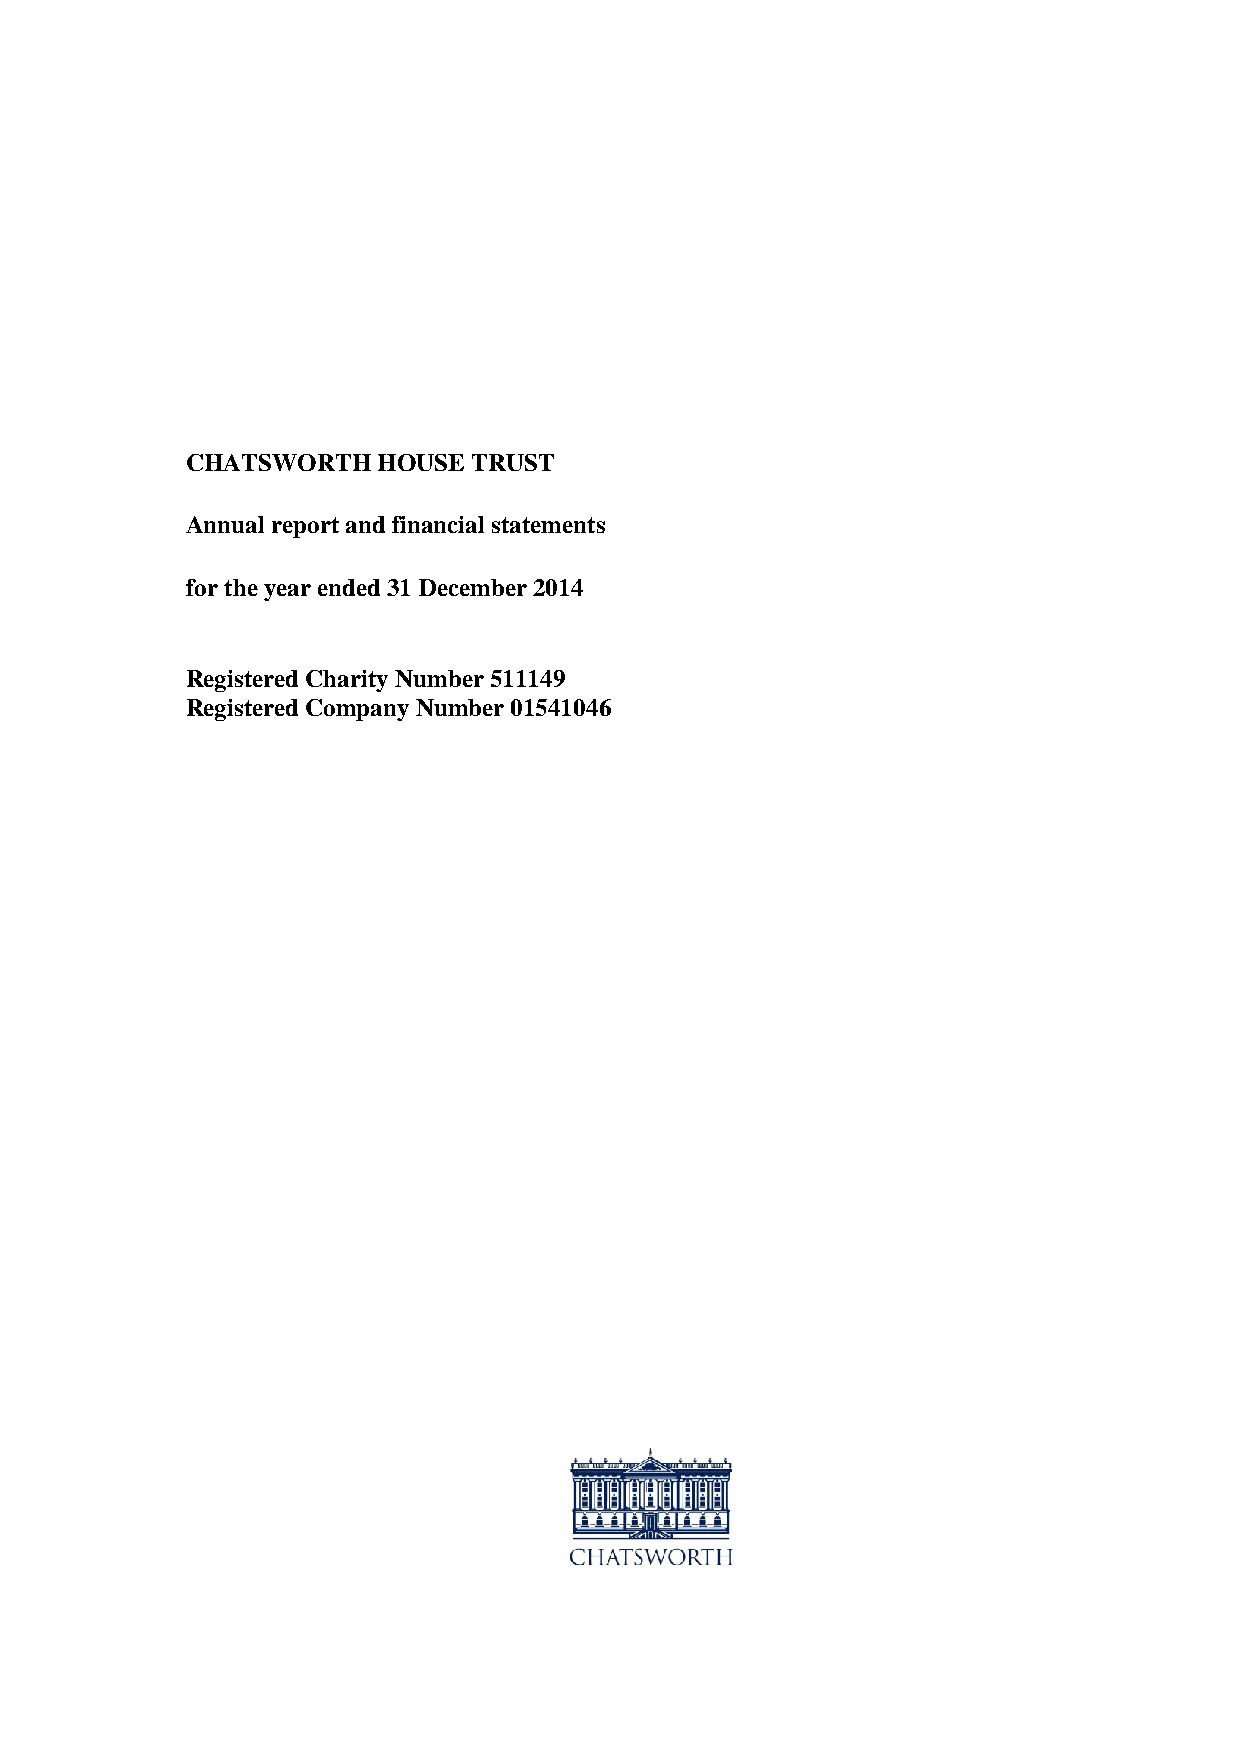
CHATSWORTH   HOUSE TRUST
 Annual report and financial statements
 for the year ended 31 December 2014
 Registered Charity Number 511149
 Registered Company Number 01541046